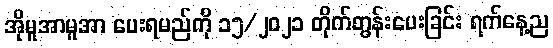
အိုမူအာမူအာ ပေးရမည်ကို ၁၅/၂၀၂၁ တိုက်တွန်းပေးခြင်း ရက်နေ့ည